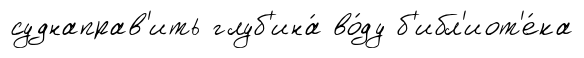
суднаправ'ить глуб'ина́ во́ду б'ибл'иот'е́ка